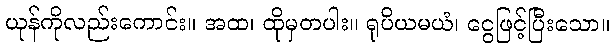
ယုန်ကိုလည်းကောင်း။ အထ၊ ထိုမှတပါး။ ရုပိယမယံ၊ ငွေဖြင့်ပြီးသော။